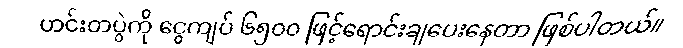
ဟင်းတပွဲကို ငွေကျပ် ၆၅၀၀ ဖြင့်ရောင်းချပေးနေတာ ဖြစ်ပါတယ်။